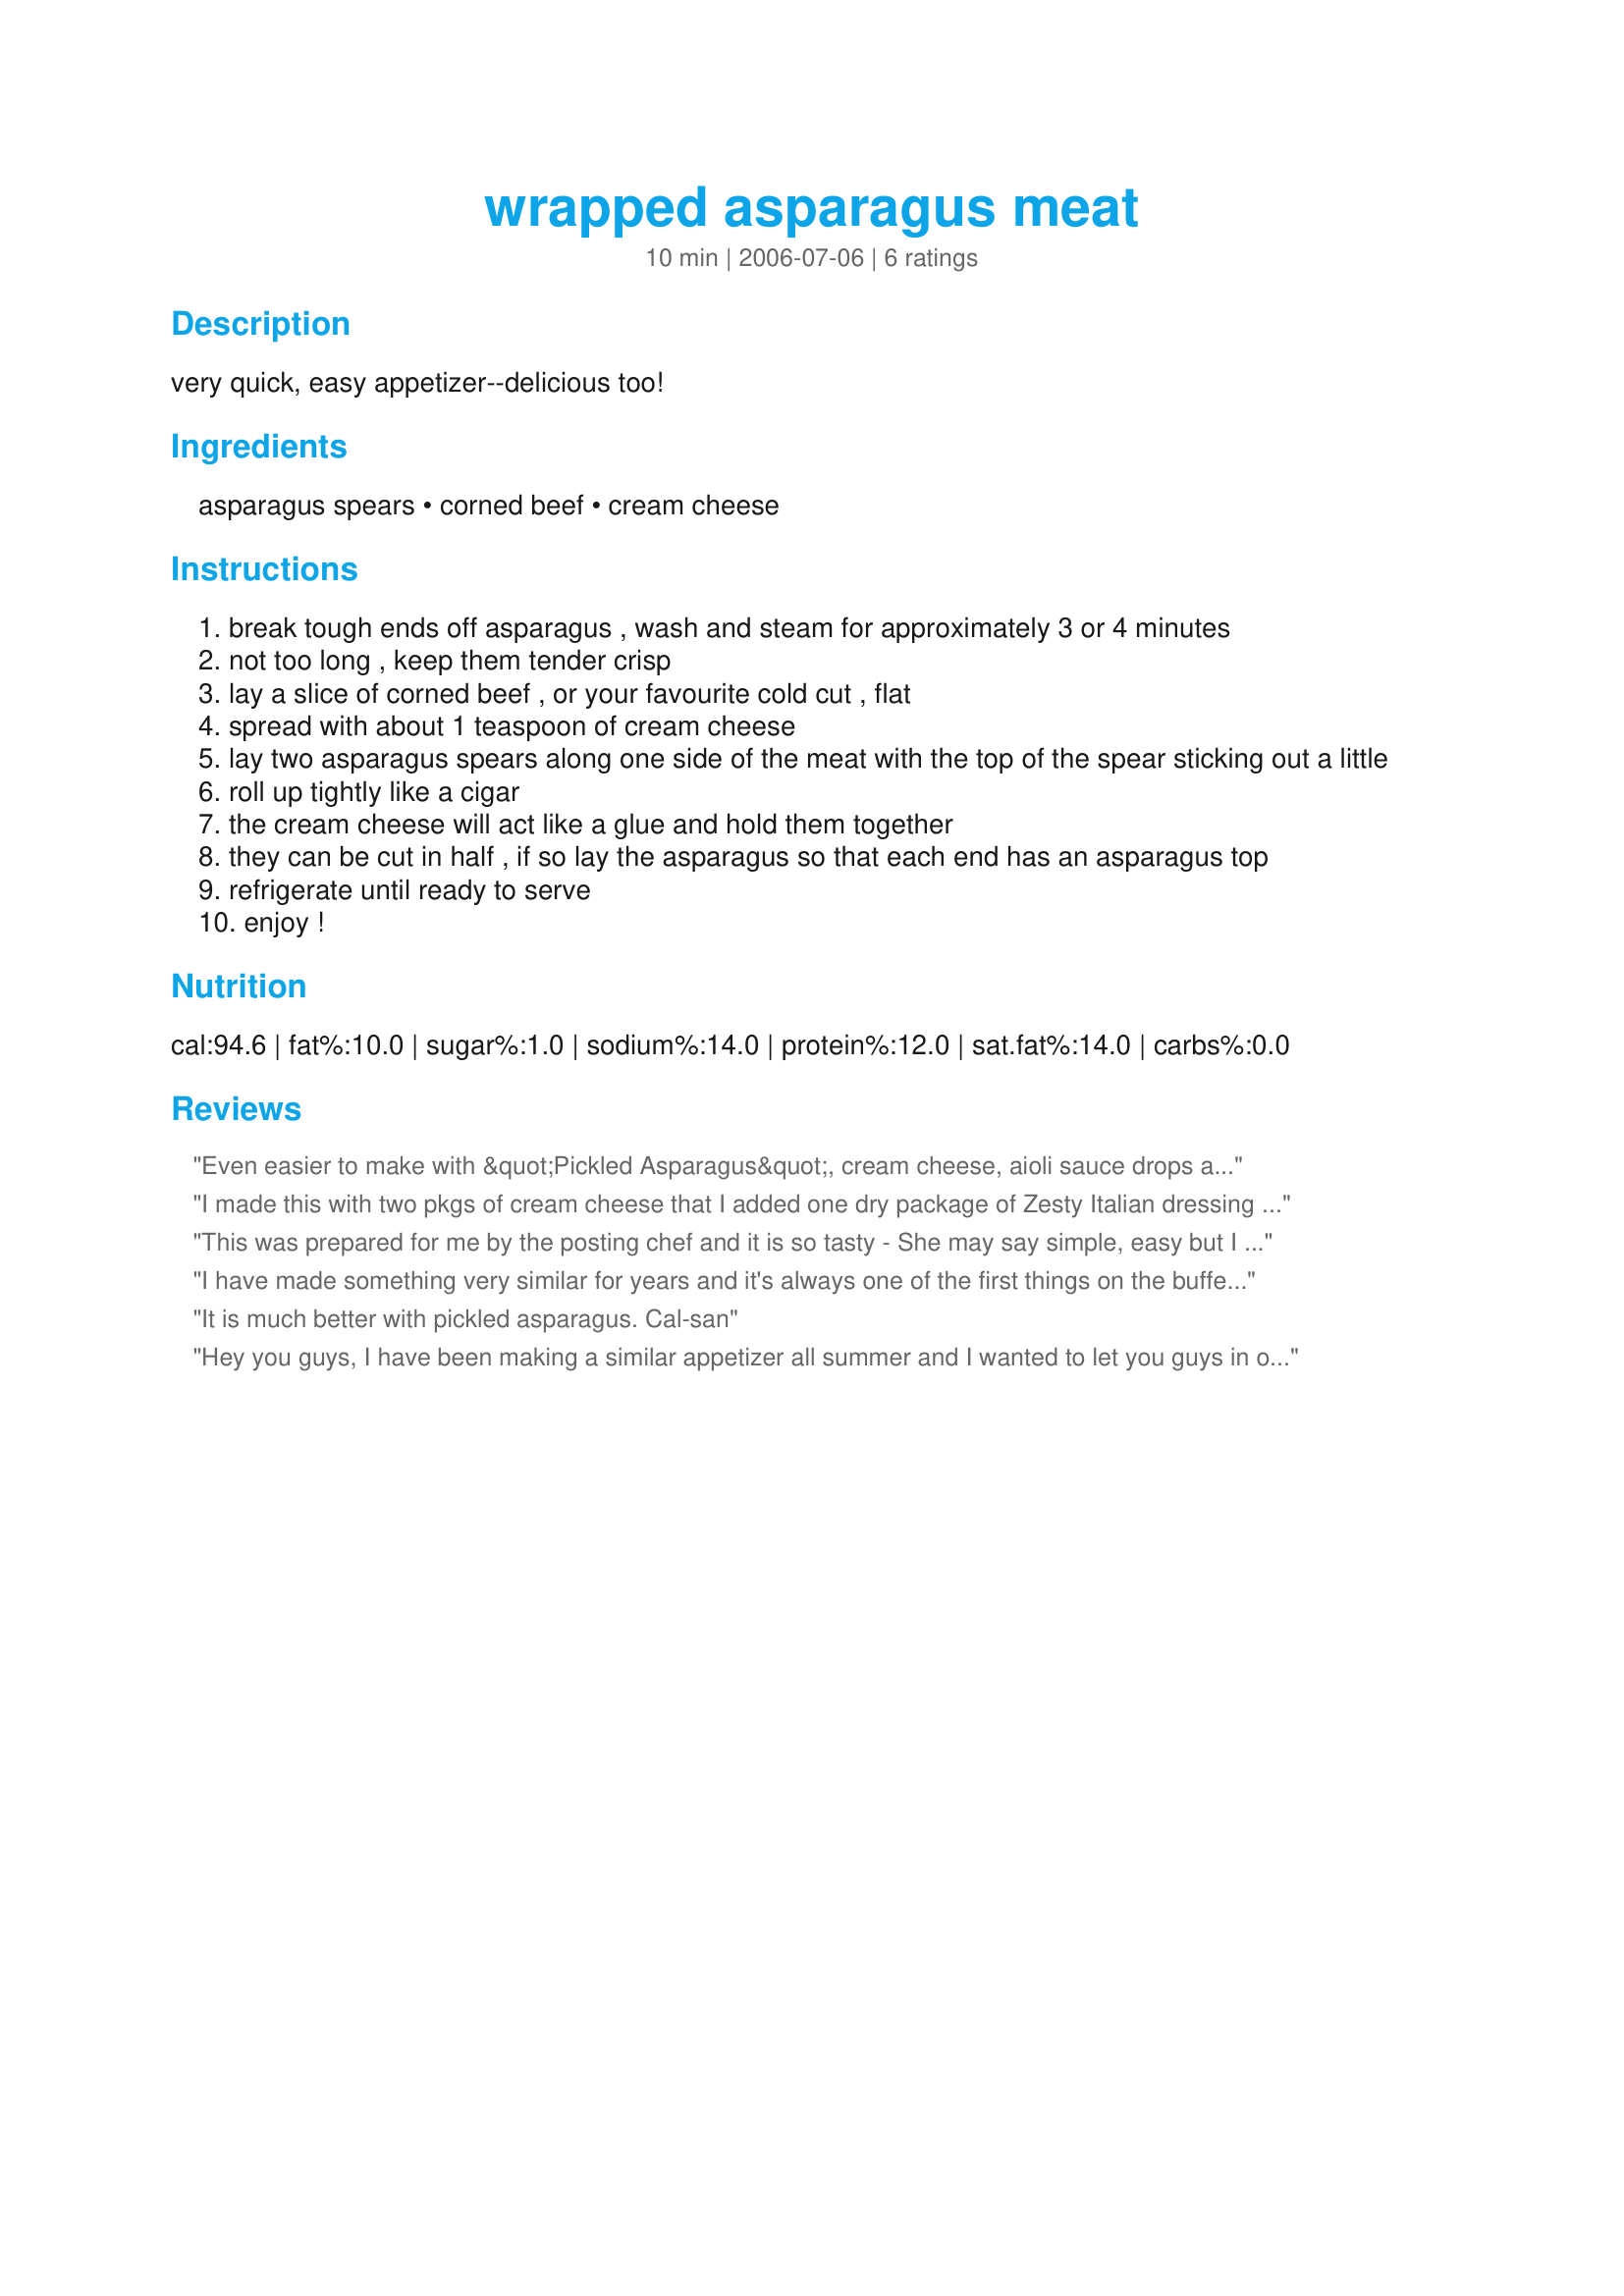
wrapped asparagus meat
Preparation time: 10 minutes

very quick, easy appetizer--delicious too!

Ingredients:
asparagus spears, corned beef, cream cheese

Steps:
break tough ends off asparagus , wash and steam for approximately 3 or 4 minutes
not too long , keep them tender crisp
lay a slice of corned beef , or your favourite cold cut , flat
spread with about 1 teaspoon of cream cheese
lay two asparagus spears along one side of the meat with the top of the spear sticking out a little
roll up tightly like a cigar
the cream cheese will act like a glue and hold them together
they can be cut in half , if so lay the asparagus so that each end has an asparagus top
refrigerate until ready to serve
enjoy !

Reviews:
Even easier to make with &quot;Pickled Asparagus&quot;, cream cheese, aioli sauce drops and wrapped with Prosciutto - served chilled and also add sweet pepper on top with a toothpick. Cheers!!
I made this with two pkgs of cream cheese that I added one dry package of Zesty Italian dressing mix and used thinly sliced ham. It had a really nice flavor to it.
 This was prepared for me by the posting chef and it is so tasty - She may say simple, easy but I say tasty super good - Make it and listen to the raves Thanks Derf!
I have made something very similar for years and it's always one of the first things on the buffet table to go. I usually use blackforest ham and mix a little Dijon mustard into the creamcheese.
It is much better with pickled asparagus. Cal-san
Hey you guys,
I have been making a similar appetizer all summer and I wanted to let you guys in on the delicous-ness.
Prepare the asparagus the same way, lightly steamed.
Lay a slice of proscuitto, two aspargus spears, a slice of feta and one more spear of asparagus then roll it up. The proscuitto will hold it all together. 
Pop on a hot BBQ to crisp up the proscuitto and serve immediately. 
If you are making healthy eating choices, you can use diet feta and only half a piece of proscuitto and it is still awesome. What better way to eat your veggies - wrapped in meat with cheese!!
